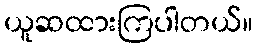
ယူဆထားကြပါတယ်။